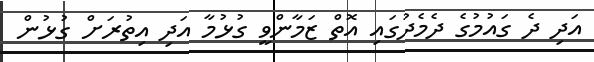
އަދި ދެ ގައުމުގެ ދެމެދުގައި އޮތް ޒަމާންވީ ގުޅުމާ އަދި އިތުރަށް ގުޅުން